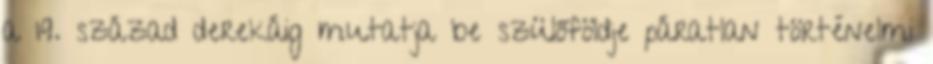
a 19. század derekáig mutatja be szülőföldje páratlan történelmi